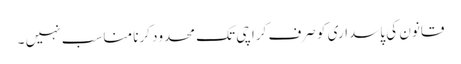
قانون کی پاسداری کو صرف کراچی تک محدود کرنا مناسب نہیں ۔